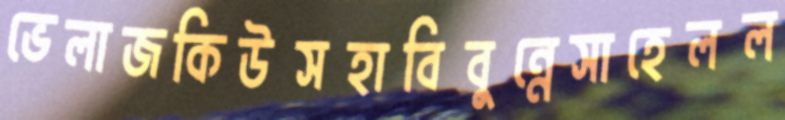
ভেলাজকিউসহাবিবুন্নেসাহেলল